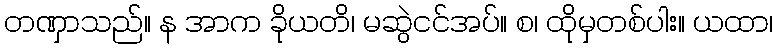
တဏှာသည်။ န အာက ခိုယတိ၊ မဆွဲငင်အပ်။ စ၊ ထိုမှတစ်ပါး။ ယထာ၊